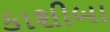
કાશીબા